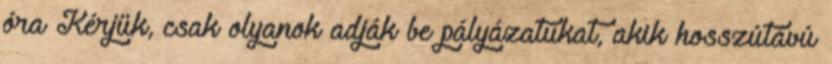
óra Kérjük, csak olyanok adják be pályázatukat, akik hosszútávú